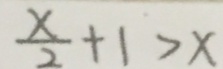
\frac { x } { 2 } + 1 > x